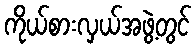
ကိုယ်စားလှယ်အဖွဲ့တွင်